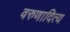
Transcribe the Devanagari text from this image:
वरुणादित्य